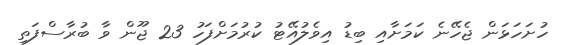
ހުށަހަޅަން ޖެހޭނެ ކަމަށާއި ބިޑު އިވެލުއޭޓު ކުރުމަށްފަހު 23 ޖޫން ވާ ބުރާސްފަތި